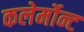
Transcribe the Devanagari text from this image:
कलेर्मोन्ट